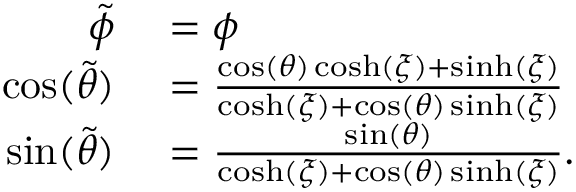
\begin{array} { r l } { \tilde { \phi } } & { { } = \phi } \\ { \cos ( \tilde { \theta } ) } & { { } = \frac { \cos ( \theta ) \cosh ( \xi ) + \sinh ( \xi ) } { \cosh ( \xi ) + \cos ( \theta ) \sinh ( \xi ) } } \\ { \sin ( \tilde { \theta } ) } & { { } = \frac { \sin ( \theta ) } { \cosh ( \xi ) + \cos ( \theta ) \sinh ( \xi ) } . } \end{array}